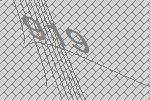
919